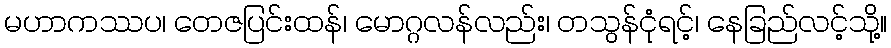
မဟာကဿပ၊ တေဇပြင်းထန်၊ မောဂ္ဂလန်လည်း၊ တသွန်ငုံရင့်၊ နေခြည်လင့်သို့။